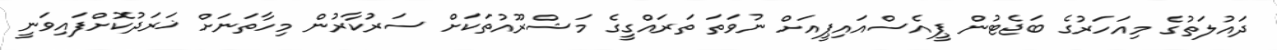
ދައުލަތުގެ މިއަހަރުގެ ބަޖެޓުން ޕީއެސްއައިޕީއަށް ނުވަތަ ތަރައްގީގެ މަޝްރޫއުތަކަށް ސަރުކާރުން މިހާތަނަށް ޚަރަދުކޮށްފައިވަނީ